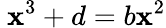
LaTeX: \ \mathbf{x}^{3}+d=b\mathbf{x}^{2}